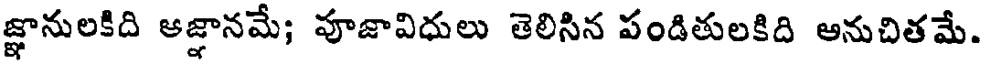
జ్ఞానులకిది ఆజ్ఞానమే; పూజావిధులు తెలిసిన పండితులకిది అనుచితమే.